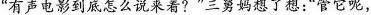
“有声电影到底怎么说来着?”三舅妈想了想：“管它呢，